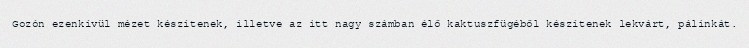
Gozón ezenkívül mézet készítenek, illetve az itt nagy számban élő kaktuszfügéből készítenek lekvárt, pálinkát.